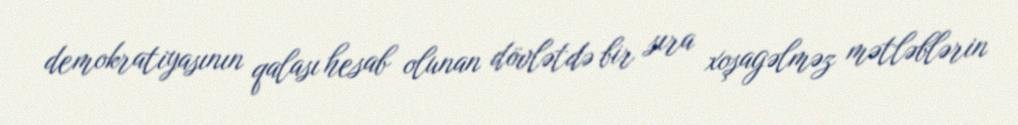
demokratiyasının qalası hesab olunan dövlətdə bir sıra xoşagəlməz mətləblərin